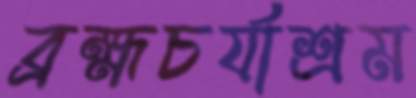
ব্রহ্মচর্যাশ্রম